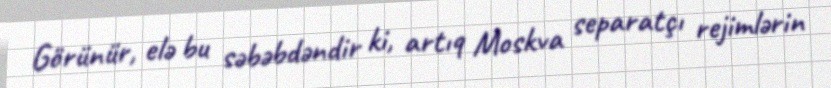
Görünür, elə bu səbəbdəndir ki, artıq Moskva separatçı rejimlərin